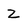
Character: Z